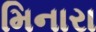
મિનારા